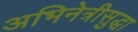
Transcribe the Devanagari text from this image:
अभिनेत्रीसुद्धा